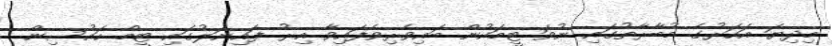
މިދިޔަ އަހަރުގެ މުބާރާތުގައި ނުވަ ޓީމަކުން ބައިވެރިވެފައިވާ އިރު ފައިނަލުގައި ޓީމް ހައުސިން